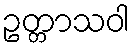
ဥတ္တာသဝါ